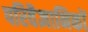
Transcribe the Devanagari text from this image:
परिवैज्ञानिकों